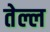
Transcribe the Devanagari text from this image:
तेल्ल